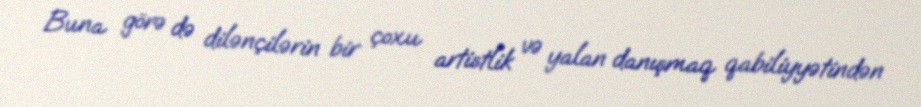
Buna görə də dilənçilərin bir çoxu artistlik və yalan danışmaq qabiliyyətindən